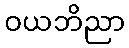
ဝယဘိညာ